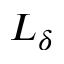
L _ { \delta }